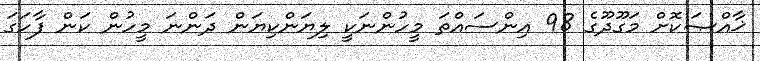
ޚާއްޞަކޮށް މަގޫދޫގެ 98 އިންސައްތަ މީހުންނަކީ ލިޔަންކިޔަން ދަންނަ މީހުން ކަން ފާހަގަ